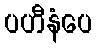
ပဟီနံပေ